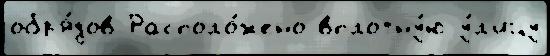
обр'я́дов Располо́жено вплотну́ю у́л'ицу